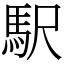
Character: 駅